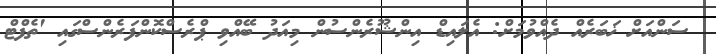
ސަންއަށް ޚަބަރެއް ދެއްވުމަށް: އެލައިޑް އިންޝޫރެންސުން މިއަދު ބޭއްވި ޕްރެސްކޮންފަރެންސްގައި 'ތެފްޓް